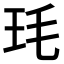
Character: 𭸶